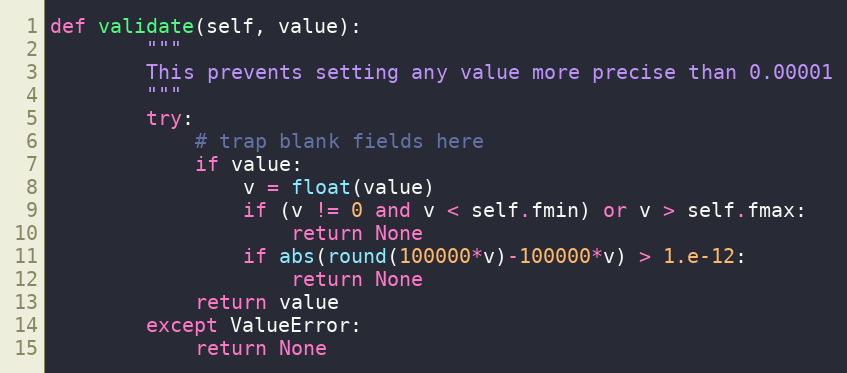
Language: Python
def validate(self, value):
        """
        This prevents setting any value more precise than 0.00001
        """
        try:
            # trap blank fields here
            if value:
                v = float(value)
                if (v != 0 and v < self.fmin) or v > self.fmax:
                    return None
                if abs(round(100000*v)-100000*v) > 1.e-12:
                    return None
            return value
        except ValueError:
            return None